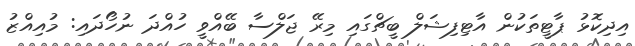
އިދިކޮޅު ޕާޓީތަކުން އާޓިފިޝަލް ބީޗްގައި މިރޭ ޖަލްސާ ބޭއްވީ ހުއްދަ ނުހޯދައި: މުއިއްޒު